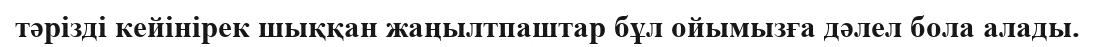
тәрiздi кейiнiрек шыққан жаңылтпаштар бұл ойымызға дәлел бола алады.